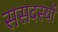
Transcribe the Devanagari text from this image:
ससदस्यों